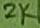
Text: 2K